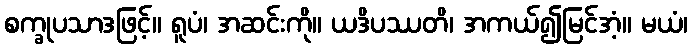
စက္ခုပသာဒဖြင့်။ ရူပံ၊ အဆင်းကို။ ယဒိပဿတိ၊ အကယ်၍မြင်အံ့။ မယံ၊